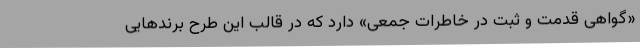
«گواهی قدمت و ثبت در خاطرات جمعی» دارد که در قالب این طرح برندهایی